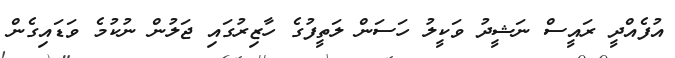
އުފެއްދީ ރައީސް ނަޝީދު ވަކީލު ހަސަން ލަތީފުގެ ހާޒިރުގައި ޖަލުން ނުކުމެ ވަޑައިގެން